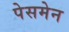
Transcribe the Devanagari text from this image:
पेसमेन